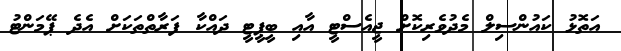
އަތޮޅު ކައުންސިލް މެދުވެރިކޮށް ޖީއެސްޓީ އާއި ބީޕީޓީ ދައްކާ ފަރާތްތަކަށް އެދެ ޕޭމަންޓު